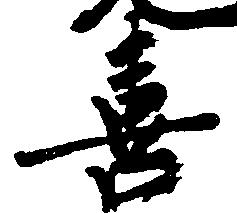
喜